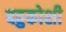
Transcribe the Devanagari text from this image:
बहुकोशी